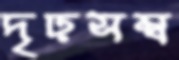
দৃঢ়সম্ব